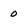
Character: 0